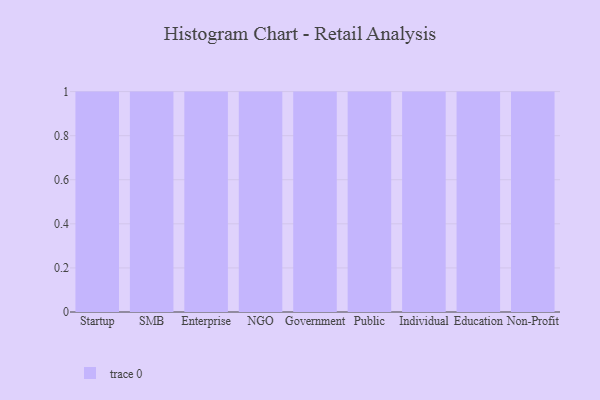
{"axis": {"x": "Segment", "y": "Inventory Turnover"}, "legend": [""], "data": [{"x": "Startup", "y": 90, "type": ""}, {"x": "SMB", "y": 65, "type": ""}, {"x": "Enterprise", "y": 19, "type": ""}, {"x": "NGO", "y": 65, "type": ""}, {"x": "Government", "y": 71, "type": ""}, {"x": "Public", "y": 100, "type": ""}, {"x": "Individual", "y": 63, "type": ""}, {"x": "Education", "y": 65, "type": ""}, {"x": "Non-Profit", "y": 25, "type": ""}]}